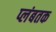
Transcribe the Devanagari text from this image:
प्लंबतक